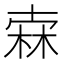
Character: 𣓼